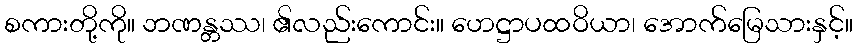
စကားတို့ကို။ ဘဏန္တဿ၊ ၏လည်းကောင်း။ ဟေဋ္ဌာပထဝိယာ၊ အောက်မြေသားနှင့်။